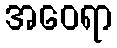
အဝေရာ